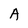
Character: A